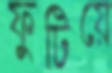
ফুটিয়ে